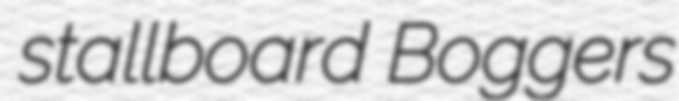
stallboard Boggers